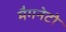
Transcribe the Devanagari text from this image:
मैगनेटो